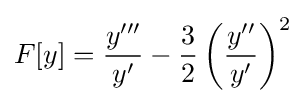
F[y]={y''' \over y'}-{3 \over 2}\left({y'' \over y'}\right)^{2}